Report on the bubonic plague in Bombay, 1896-1897
Year: 1896
Disease focus: Plague
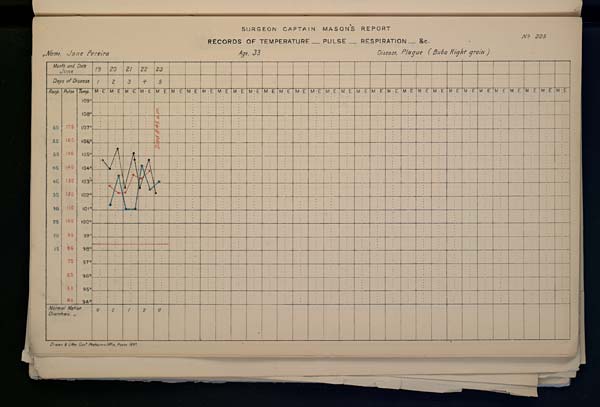
SURGEON CAPTAIN
MASONS REPORT
No. 225
RECORDS OF TEMPERATURE __ PULSE __ RESPIRATION __ &c.
Name, Jane Pereira
Age, 33
Disease, Plague (Bubo Right groin )
Drawn & Litho: Govt. Photozinco: Office, Poona 1897.